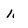
Character: 1